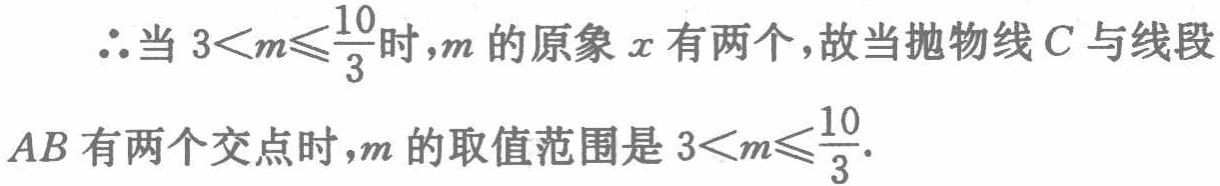
$\therefore$当$3 < m\leqslant \dfrac {10}{3}$时，$m$的原象$x$有两个，故当抛物线$C$与线段$AB$有两个交点时，$m$的取值范围是$3 < m\leqslant \dfrac {10}{3}$．